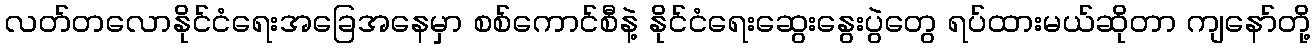
လတ်တလောနိုင်ငံရေးအခြေအနေမှာ စစ်ကောင်စီနဲ့ နိုင်ငံရေးဆွေးနွေးပွဲတွေ ရပ်ထားမယ်ဆိုတာ ကျနော်တို့